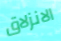
الانزلاق